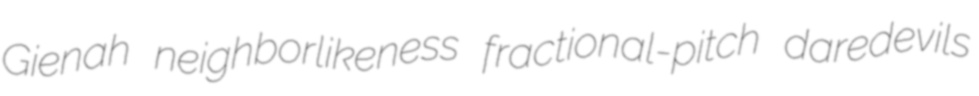
Gienah neighborlikeness fractional-pitch daredevils